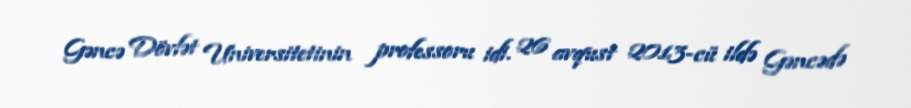
Gəncə Dövlət Universitetinin professoru idi. 26 avqust 2013-cü ildə Gəncədə